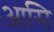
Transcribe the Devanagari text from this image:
आसि